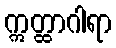
ဣတ္ထာဂါရာ